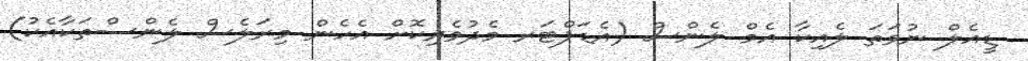
ޑީއެލް ނުވަތަ ލެއިކާ އެމް ލެންސް (އެޑަޕްޓަރ މެދުވެރިކޮށް އެހެން މިރަލެސް ލެންސްތަކާއެކު)